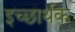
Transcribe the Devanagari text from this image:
इच्छार्थक